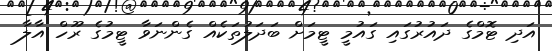
އަދި ޓޮމްގެ ދައުރުގައި ގައުމީ ޓީމަށް ބަދަލުތަކެއް ގެންނަވާ ޓީމުގެ ރޫހް އާލާ